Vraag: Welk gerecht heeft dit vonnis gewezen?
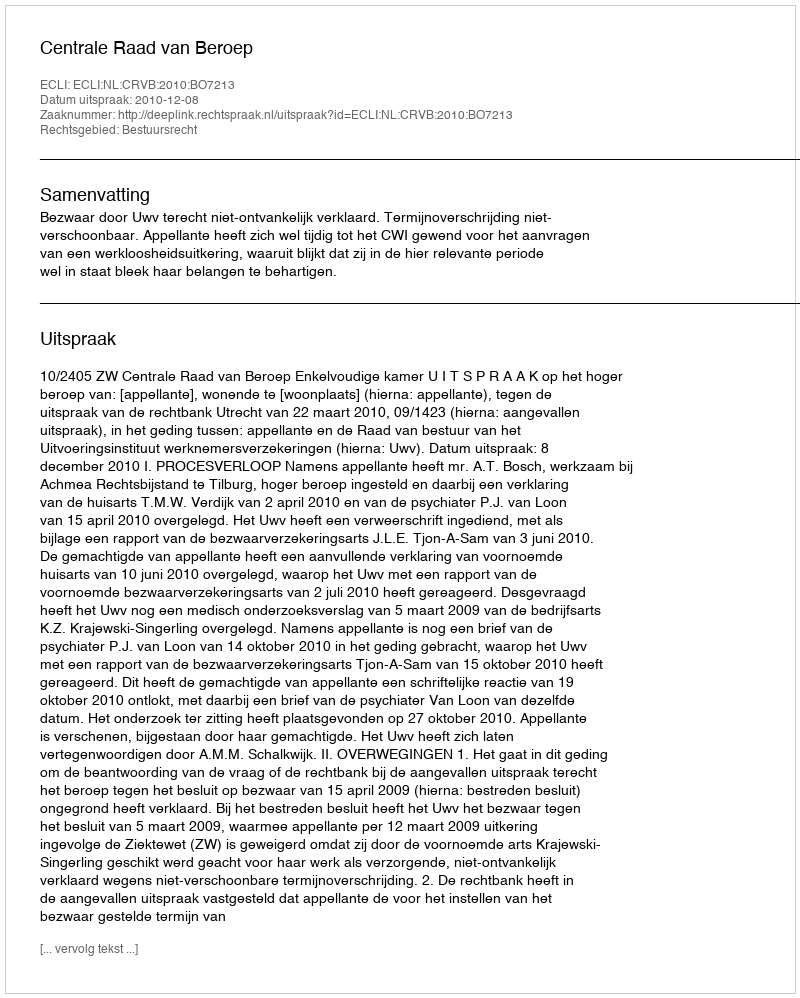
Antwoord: Centrale Raad van Beroep